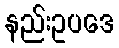
နည်းဥပဒေ